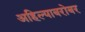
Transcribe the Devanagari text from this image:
अहिल्याबरोबर